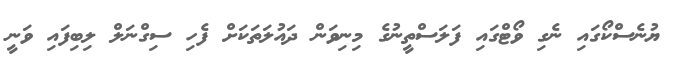
ޔުނެސްކޯގައި ނެގި ވޯޓްގައި ފަލަސްތީނުގެ މިނިވަން ދައުލަތަކަށް ފެހި ސިގްނަލް ލިބިފައި ވަނީ